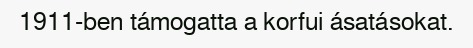
1911-ben támogatta a korfui ásatásokat.